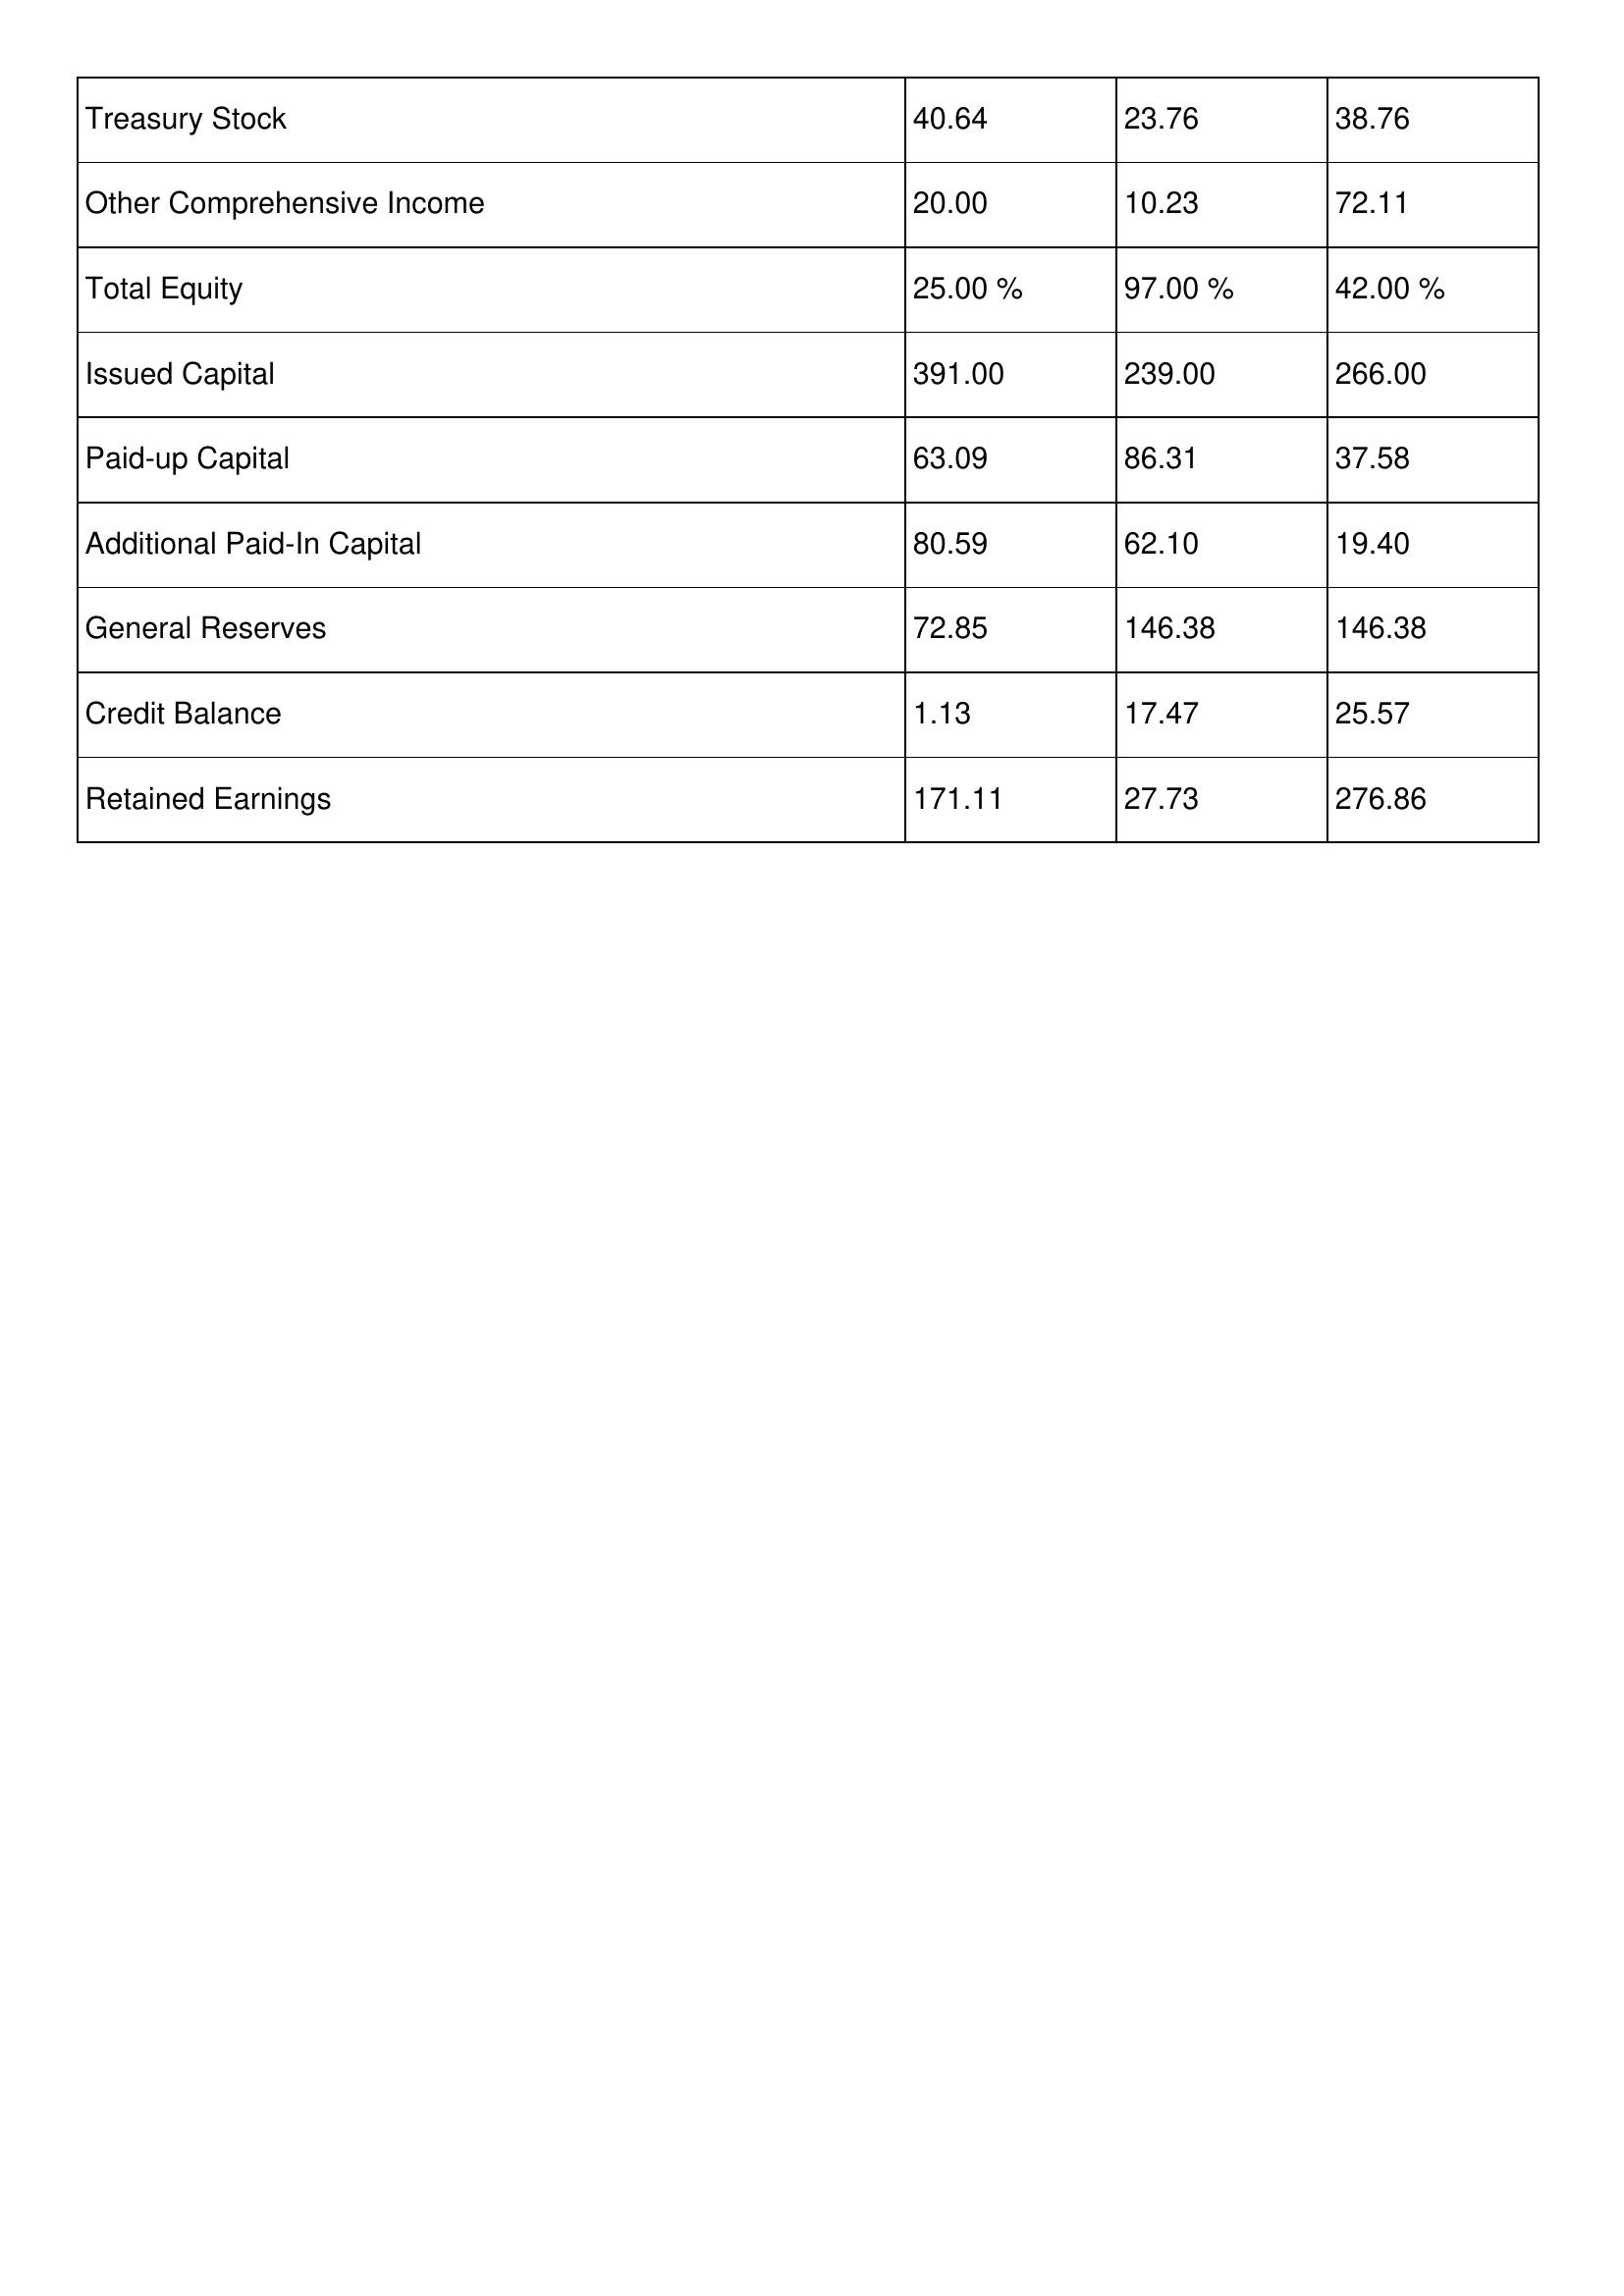
gt_parse: 2001: Treasury Stock: 40.64
Other Comprehensive Income: 20.00
Total Equity: 25.00 %
Issued Capital: 391.00
Paid-up Capital: 63.09
Additional Paid-In Capital: 80.59
General Reserves: 72.85
Credit Balance: 1.13
Retained Earnings: 171.11
2000: Treasury Stock: 23.76
Other Comprehensive Income: 10.23
Total Equity: 97.00 %
Issued Capital: 239.00
Paid-up Capital: 86.31
Additional Paid-In Capital: 62.10
General Reserves: 146.38
Credit Balance: 17.47
Retained Earnings: 27.73
1999: Treasury Stock: 38.76
Other Comprehensive Income: 72.11
Total Equity: 42.00 %
Issued Capital: 266.00
Paid-up Capital: 37.58
Additional Paid-In Capital: 19.40
General Reserves: 146.38
Credit Balance: 25.57
Retained Earnings: 276.86